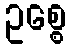
ဥစ္စေ